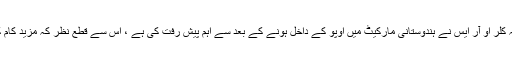
اس حقیقت کے باوجود کہ کلر او آر ایس نے ہندوستانی مارکیٹ میں اوپو کے داخل ہونے کے بعد سے اہم پیش رفت کی ہے ، اس سے قطع نظر کہ مزید کام کی ضرورت ہے یا نہیں۔